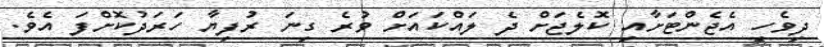
ދިވެހި އެޖެންޓަށާއި ކޮލެޖަށް ދެ ލައްކައަށް ވުރެ ގިނަ ރުފިޔާ ހަރަދުކޮށްފަ އެވެ.